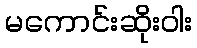
မကောင်းဆိုးဝါး